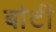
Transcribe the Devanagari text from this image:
बांटीं